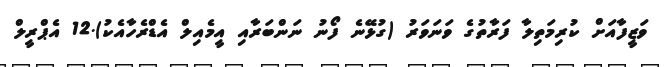
ވަޒީފާއަށް ކުރިމަތިލާ ފަރާތުގެ ވަނަވަރު (ގުޅޭނެ ފޯނު ނަންބަރާއި އީމެއިލް އެޑްރެހާއެކު).12 އެޕްރީލް